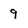
Character: 9